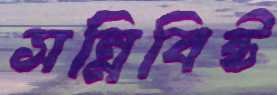
সন্নিবিষ্ট